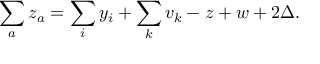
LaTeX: \sum _ { a } z _ { a } = \sum _ { i } y _ { i } + \sum _ { k } v _ { k } - z + w + 2 \Delta .